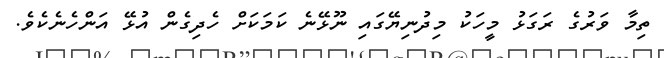
ތިމާ ވަރުގެ ރަގަޅު މީހަކު މިދުނިޔޭގައި ނޫޅޭނެ ކަމަކަށް ހެދިގެން އުޅޭ އަންހެނެކެވެ.